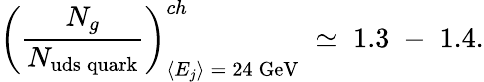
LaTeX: \left(\frac{N_{g}}{N_{\mathrm{uds\: quark}}}\right)_{\langle E_{j}\rangle\: =\: 24\: \mathrm{GeV}}^{ch}\; \simeq\; 1.3\; -\; 1.4.